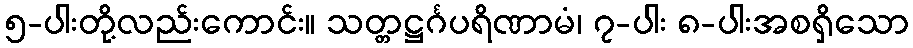
၅-ပါးတို့လည်းကောင်း။ သတ္တဋ္ဌင်္ဂပရိဏာမံ၊ ၇-ပါး ၈-ပါးအစရှိသော